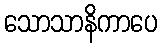
သောသာနိကာပေ